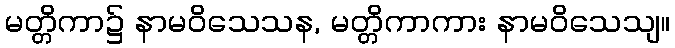
မတ္တိကာ၌ နာမဝိသေသန, မတ္တိကာကား နာမဝိသေသျ။